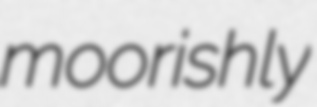
moorishly